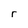
Character: r